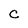
Character: C